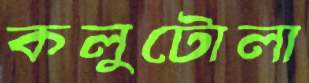
কলুটোলা